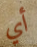
أي